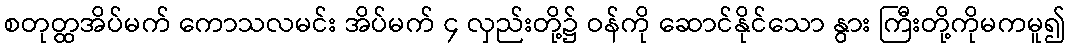
စတုတ္ထအိပ်မက် ကောသလမင်း အိပ်မက် ၄ လှည်းတို့၌ ဝန်ကို ဆောင်နိုင်သော နွား ကြီးတို့ကိုမကမူ၍